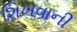
શિખવાની